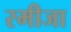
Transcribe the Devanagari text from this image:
रमीजा